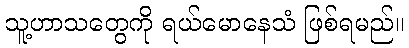
သူ့ဟာသတွေကို ရယ်မောနေသံ ဖြစ်ရမည်။